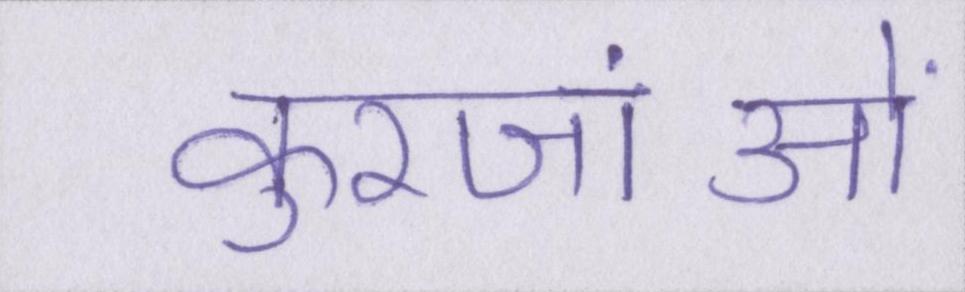
कुरजांओं